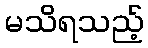
မသိရသည့်